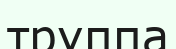
труппа